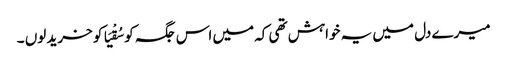
میرے دل میں یہ خواہش تھی کہ میں اس جگہ کو سُقْیَا کو خرید لوں ۔